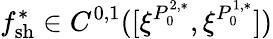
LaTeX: f_{\mathrm{{sh}}}^{*}\in C^{0,1}([\xi^{P_{0}^{2,*}},\xi^{P_{0}^{1,*}}])